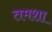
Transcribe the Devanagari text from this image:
तमशा